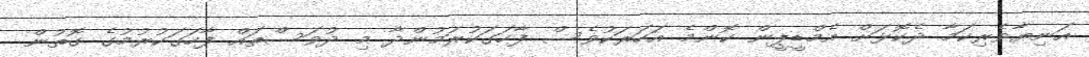
އަނިޔާވެރިކަމާ ދެކޮޅަށް އެމްޑީޕީން ކޮންމެ އަހަރަކުވެސް ފާހަގަކުރަމުންދާ މި ދުވަސްތައް ފާހަގަކުރުމުގެ ގޮތުން